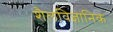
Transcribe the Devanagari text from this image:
शैलविज्ञानिक